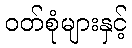
ဝတ်စုံများနှင့်